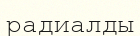
радиалды